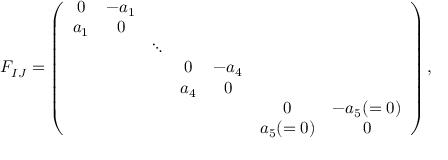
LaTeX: F _ { I J } = \left( \begin{array} { c c c c c c c } { { 0 } } & { { - a _ { 1 } } } & { { } } & { { } } & { { } } & { { } } & { { } } \\ { { a _ { 1 } } } & { { 0 } } & { { } } & { { } } & { { } } & { { } } & { { } } \\ { { } } & { { } } & { { \ddots } } & { { } } & { { } } & { { } } & { { } } \\ { { } } & { { } } & { { } } & { { 0 } } & { { - a _ { 4 } } } & { { } } & { { } } \\ { { } } & { { } } & { { } } & { { a _ { 4 } } } & { { 0 } } & { { } } & { { } } \\ { { } } & { { } } & { { } } & { { } } & { { } } & { { 0 } } & { { - a _ { 5 } ( = 0 ) } } \\ { { } } & { { } } & { { } } & { { } } & { { } } & { { a _ { 5 } ( = 0 ) } } & { { 0 } } \end{array} \right) ,